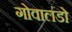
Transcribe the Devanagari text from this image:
गोवालंडो